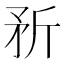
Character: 𪿆